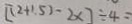
[ ( 2 + 1 . 5 ) - 2 \times ] \div 4 =